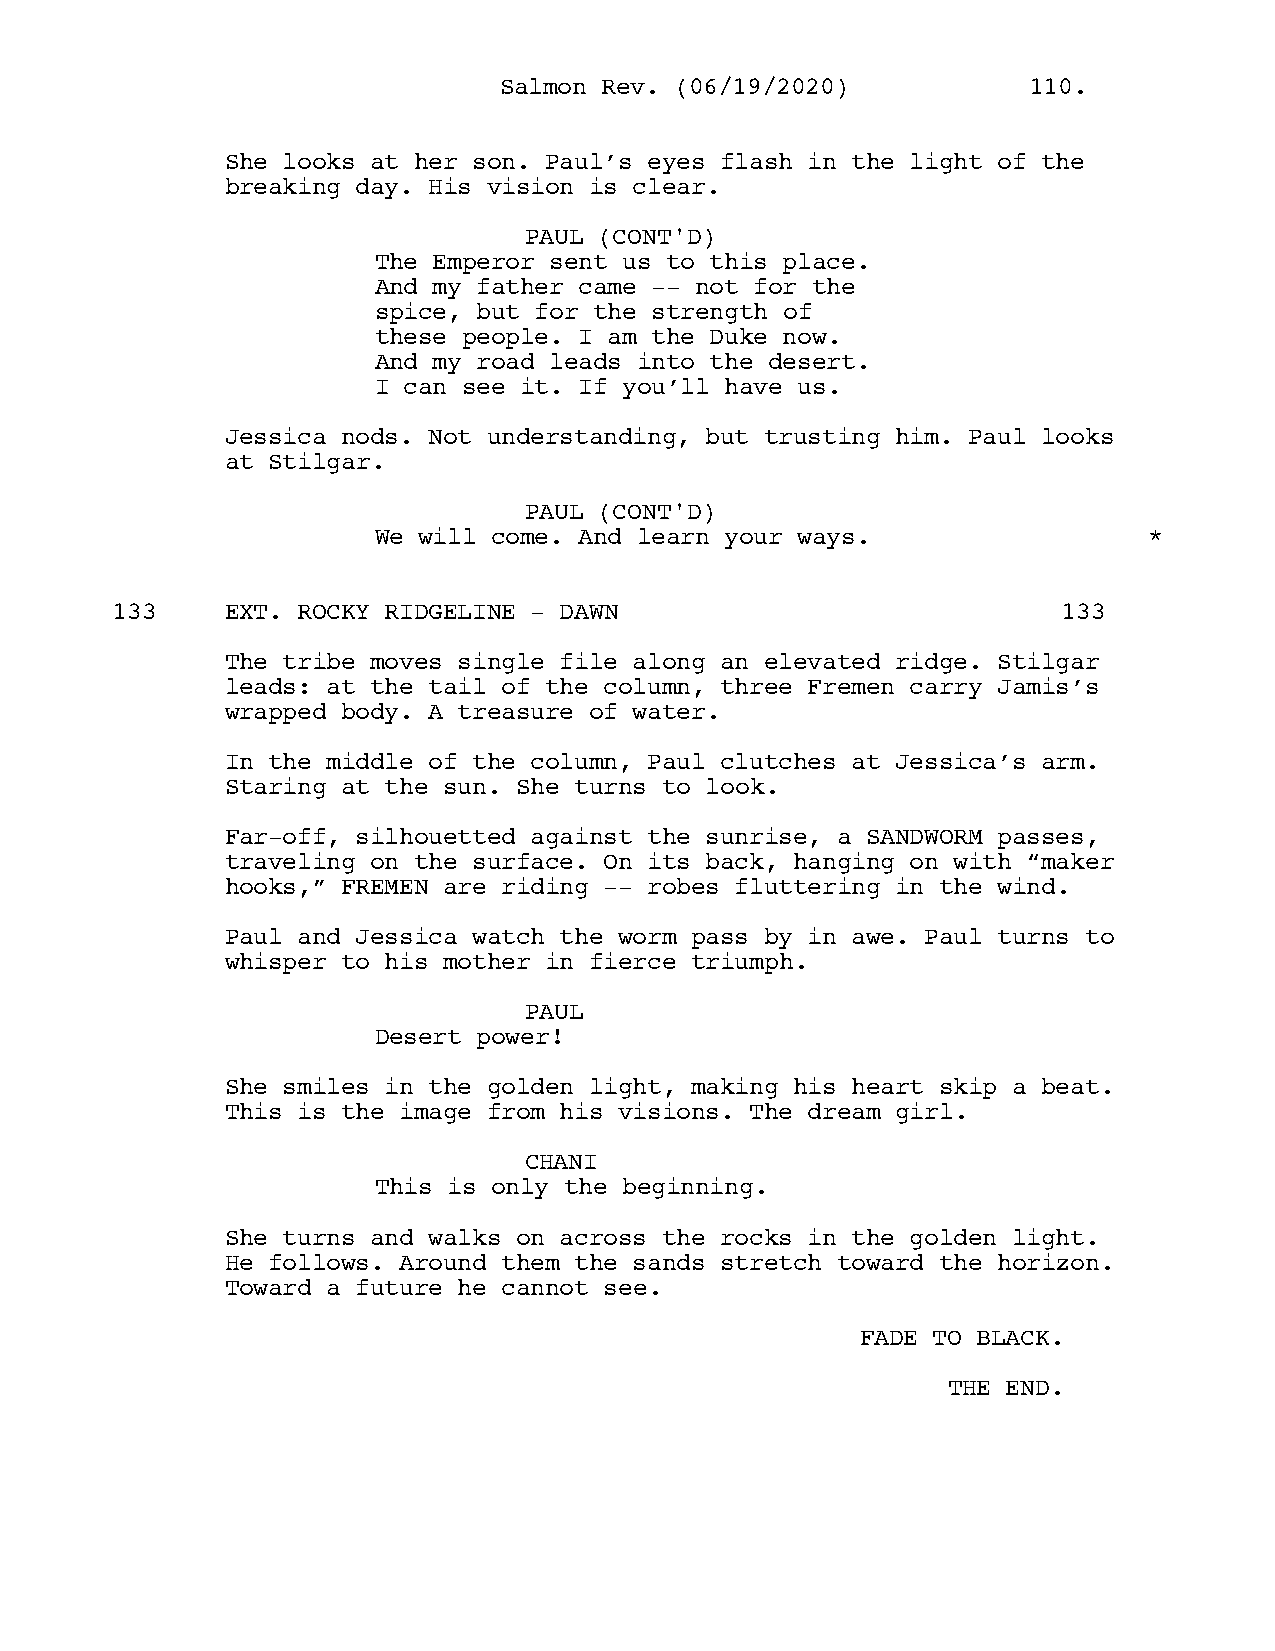
SSaallmmoonn RReevv.. ((0066//1199//22002200)) 111100..
 She looks at her son. Paul’s eyes flash in the light of the
 breaking day. His vision is clear.
 PAUL (CONT'D)
 The Emperor sent us to this place.
 And my father came -- not for the
 spice, but for the strength of
 these people. I am the Duke now.
 And my road leads into the desert.
 I can see it. If you’ll have us.
 Jessica nods. Not understanding, but trusting him. Paul looks
 at Stilgar.
 PAUL (CONT'D)
 We will come. And learn your ways.                 *
 133     EXT. ROCKY RIDGELINE - DAWN                            133
 The tribe moves single file along an elevated ridge. Stilgar
 leads: at the tail of the column, three Fremen carry Jamis’s
 wrapped body. A treasure of water.
 In the middle of the column, Paul clutches at Jessica’s arm.
 Staring at the sun. She turns to look.
 Far-off, silhouetted against the sunrise, a SANDWORM passes,
 traveling on the surface. On its back, hanging on with “maker
 hooks,” FREMEN are riding -- robes fluttering in the wind.
 Paul and Jessica watch the worm pass by in awe. Paul turns to
 whisper to his mother in fierce triumph.
 PAUL
 Desert power!
 She smiles in the golden light, making his heart skip a beat.
 This is the image from his visions. The dream girl.
 CHANI
 This is only the beginning.
 She turns and walks on across the rocks in the golden light.
 He follows. Around them the sands stretch toward the horizon.
 Toward a future he cannot see.
 FADE TO BLACK.
 THE END.